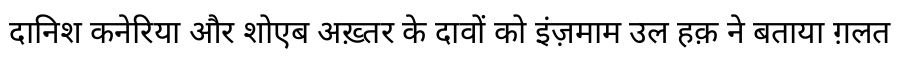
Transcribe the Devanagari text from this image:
दानिश कनेरिया और शोएब अख़्तर के दावों को इंज़माम उल हक़ ने बताया ग़लत